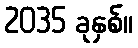
2035 ခုနှစ်။